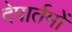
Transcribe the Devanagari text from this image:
देपार्तमों